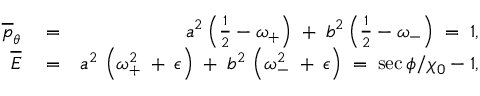
\begin{array} { r l r } { \overline { { p } } _ { \theta } } & { { } = } & { a ^ { 2 } \left( \frac { 1 } { 2 } - \omega _ { + } \right) \; + \; b ^ { 2 } \left( \frac { 1 } { 2 } - \omega _ { - } \right) \; = \; 1 , } \\ { \overline { { \cal E } } } & { { } = } & { a ^ { 2 } \, \left( \omega _ { + } ^ { 2 } \; + \frac { } { } \epsilon \right) \; + \; b ^ { 2 } \, \left( \omega _ { - } ^ { 2 } \; + \frac { } { } \epsilon \right) \; = \; \sec \phi / \chi _ { 0 } - 1 , } \end{array}